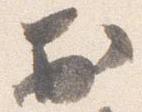
於